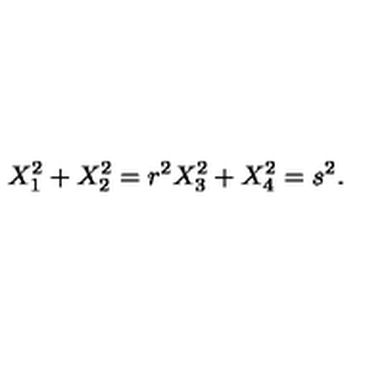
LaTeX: X _ { 1 } ^ { 2 } + X _ { 2 } ^ { 2 } = r ^ { 2 } X _ { 3 } ^ { 2 } + X _ { 4 } ^ { 2 } = s ^ { 2 } .